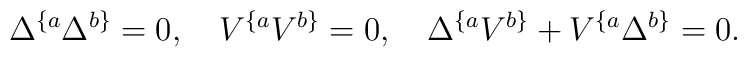
\Delta^{\{a}\Delta^{b\}}=0, \quad V^{\{a}V^{b\}}=0,\quad\Delta^{\{a}V^{b\}} +V^{\{a}\Delta^{b\}}=0.